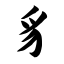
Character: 豸